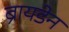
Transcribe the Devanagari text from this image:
ब्रायडेन